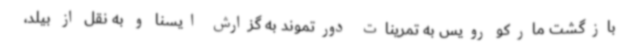
بازگشت مارکو رویس به تمرینات دورتموند به گزارش ایسنا و به نقل از بیلد،